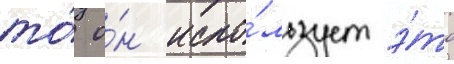
то́ о́н испо́льзует э́то